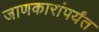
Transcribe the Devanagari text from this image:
जाणकारांपर्यंत